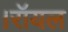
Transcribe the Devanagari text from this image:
।रॉयल